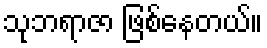
သုဘရာဇာ ဖြစ်နေတယ်။